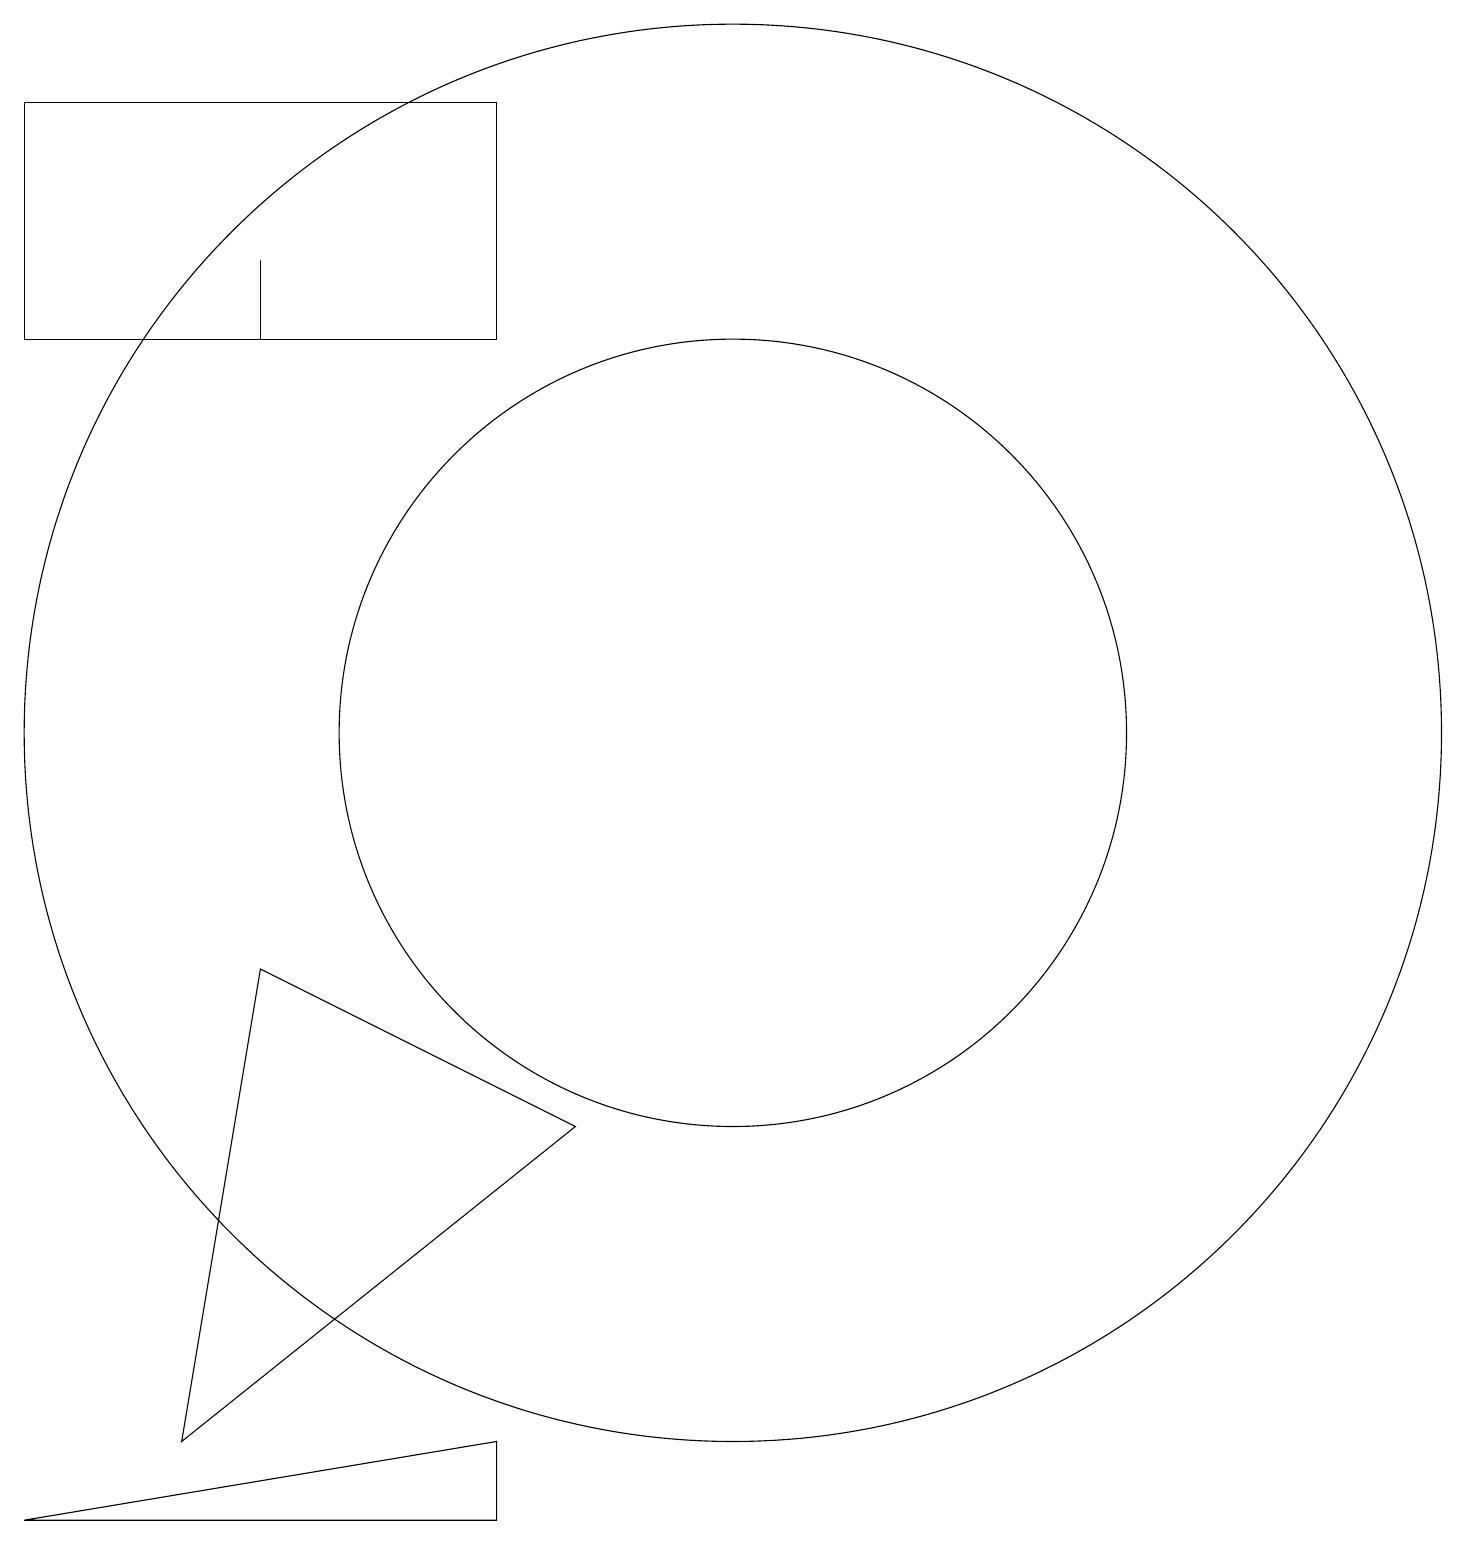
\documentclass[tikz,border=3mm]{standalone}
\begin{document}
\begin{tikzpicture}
\draw (10,11) circle (9);
\draw (1,1) -- (7,1) -- (7,2) -- cycle;
\draw (8,6) -- (4,8) -- (3,2) -- cycle;
\draw (1,16) rectangle (7,19);
\draw (10,11) circle (5);
\draw (4,17) rectangle (4,16);
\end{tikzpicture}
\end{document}